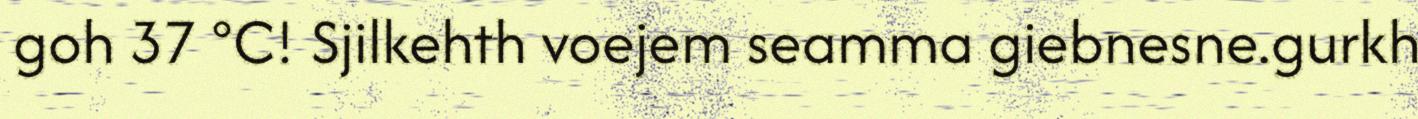
goh 37 °C! Sjilkehth voejem seamma giebnesne.gurkh